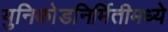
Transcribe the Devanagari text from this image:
युनिकोडनिर्मितीमध्ये